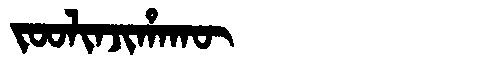
Manchu: ᠵᠣᠣᠯᡳᠨᠵᡳᡥᠠᡴᡡ
Romanization: JOOLINJIHAKŪ